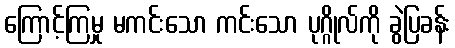
ကြောင့်ကြမှု မကင်းသော ကင်းသော ပုဂ္ဂိုလ်ကို ခွဲပြခန်း